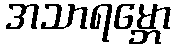
အသာရမ္ဘော